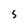
Character: 5